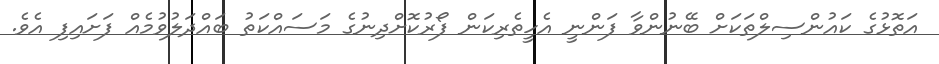
އަތޮޅުގެ ކައުންސިލްތަކަށް ބޭނުންވާ ފަންނީ އެހީތެރިކަން ފޯރުކޮށްދިނުގެ މަސައްކަތު ބައްދަލުވުމެއް ފަށައިފި އެވެ.